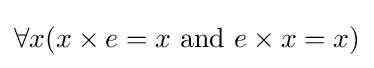
\forall x(x\times e=x{\text{ and }}e\times x=x)